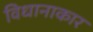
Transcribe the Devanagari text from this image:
विधानाकार